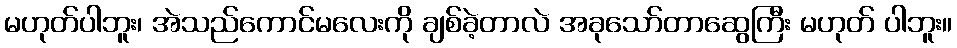
မဟုတ်ပါဘူး၊ အဲသည်ကောင်မလေးကို ချစ်ခဲ့တာလဲ အခုသော်တာဆွေကြီး မဟုတ် ပါဘူး။